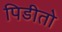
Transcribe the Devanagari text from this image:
पिडीतो